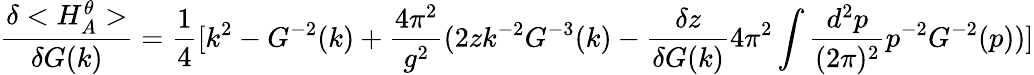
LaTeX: \frac{\delta<H_{A}^{\theta}>}{\delta G(k)}=\frac{1}{4}[k^{2}-G^{-2}(k)+\frac{4\pi^{2}}{g^{2}}(2zk^{-2}G^{-3}(k)-\frac{\delta z}{\delta G(k)}4\pi^{2}\int\frac{d^{2}p}{(2\pi)^{2}}p^{-2}G^{-2}(p))]